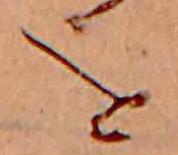
を